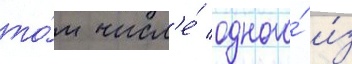
то́м числ'е́ одного́ и́з